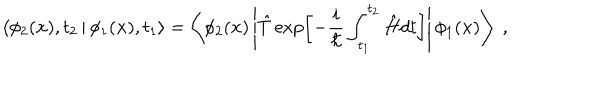
\left\langle \phi _ { 2 } ( { \bf x } ) , t _ { 2 } \left| \right. \phi _ { 1 } ( { \bf x } ) , t _ { 1 } \right\rangle = \left\langle \phi _ { 2 } ( { \bf x } ) \left| \hat { T } \exp \left[ - \frac { i } { \hbar } \int _ { t _ { 1 } } ^ { t _ { 2 } } \hat { H } d t \right] \right| \phi _ { 1 } ( { \bf x } ) \right\rangle \; ,